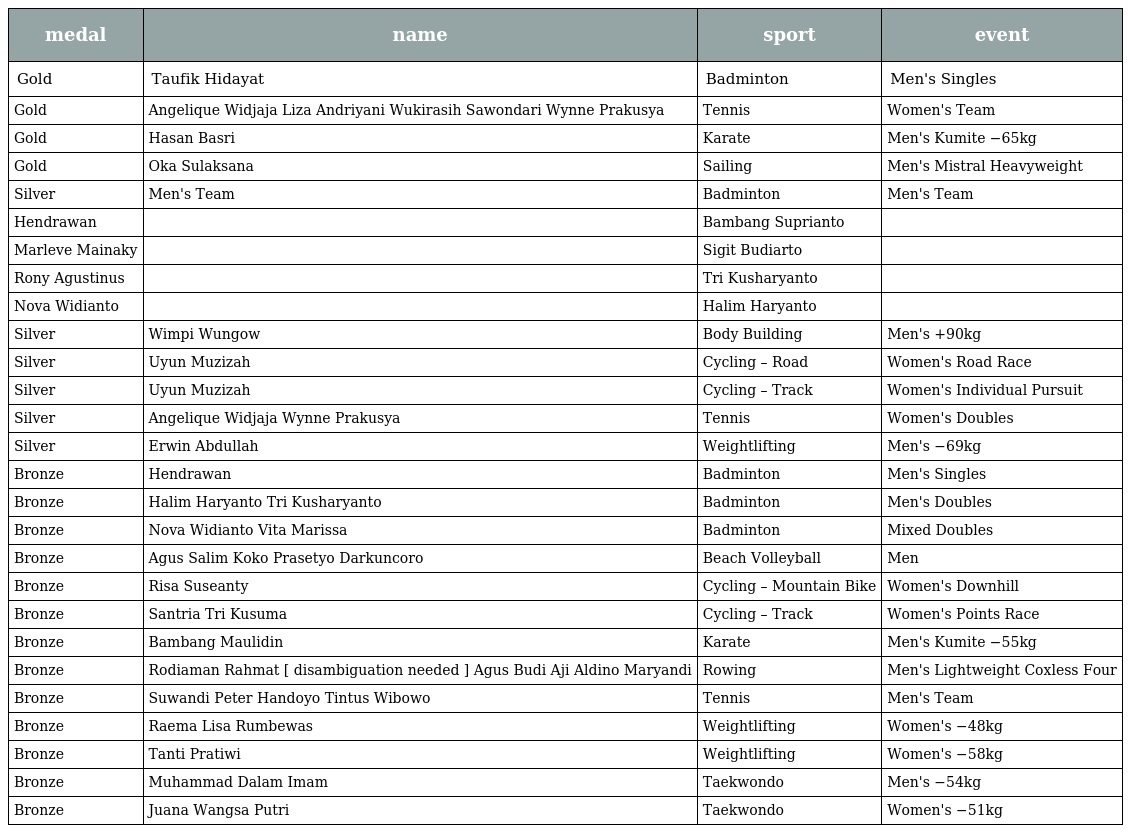
| medal | name | sport | event |
 | --- | --- | --- | --- |
 | Gold | Taufik Hidayat | Badminton | Men's Singles |
 | Gold | Angelique Widjaja Liza Andriyani Wukirasih Sawondari Wynne Prakusya | Tennis | Women's Team |
 | Gold | Hasan Basri | Karate | Men's Kumite −65kg |
 | Gold | Oka Sulaksana | Sailing | Men's Mistral Heavyweight |
 | Silver | Men's Team | Badminton | Men's Team |
 | Hendrawan |  | Bambang Suprianto |  |
 | Marleve Mainaky |  | Sigit Budiarto |  |
 | Rony Agustinus |  | Tri Kusharyanto |  |
 | Nova Widianto |  | Halim Haryanto |  |
 | Silver | Wimpi Wungow | Body Building | Men's +90kg |
 | Silver | Uyun Muzizah | Cycling – Road | Women's Road Race |
 | Silver | Uyun Muzizah | Cycling – Track | Women's Individual Pursuit |
 | Silver | Angelique Widjaja Wynne Prakusya | Tennis | Women's Doubles |
 | Silver | Erwin Abdullah | Weightlifting | Men's −69kg |
 | Bronze | Hendrawan | Badminton | Men's Singles |
 | Bronze | Halim Haryanto Tri Kusharyanto | Badminton | Men's Doubles |
 | Bronze | Nova Widianto Vita Marissa | Badminton | Mixed Doubles |
 | Bronze | Agus Salim Koko Prasetyo Darkuncoro | Beach Volleyball | Men |
 | Bronze | Risa Suseanty | Cycling – Mountain Bike | Women's Downhill |
 | Bronze | Santria Tri Kusuma | Cycling – Track | Women's Points Race |
 | Bronze | Bambang Maulidin | Karate | Men's Kumite −55kg |
 | Bronze | Rodiaman Rahmat [ disambiguation needed ] Agus Budi Aji Aldino Maryandi | Rowing | Men's Lightweight Coxless Four |
 | Bronze | Suwandi Peter Handoyo Tintus Wibowo | Tennis | Men's Team |
 | Bronze | Raema Lisa Rumbewas | Weightlifting | Women's −48kg |
 | Bronze | Tanti Pratiwi | Weightlifting | Women's −58kg |
 | Bronze | Muhammad Dalam Imam | Taekwondo | Men's −54kg |
 | Bronze | Juana Wangsa Putri | Taekwondo | Women's −51kg |